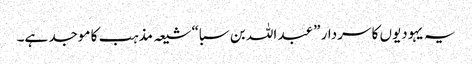
یہ یہودیوں کا سردار ”عبد اللہ بن سبا“ شیعہ مذہب کا موجد ہے۔